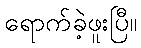
ရောက်ခဲ့ဖူးပြီ။